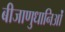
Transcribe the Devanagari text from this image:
बीजाणुधानिओं